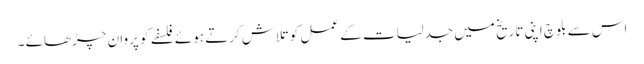
اس سے بلوچ اپنی تاریخ میں جدلیات کے عمل کو تلاش کرتے ہوئے فلسفے کو پروان چڑھائے ۔